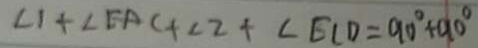
\angle 1 + \angle E A C + \angle 2 + \angle E C D = 9 0 ^ { \circ } + 9 0 ^ { \circ }